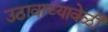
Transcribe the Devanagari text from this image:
उठावाच्यावेळी